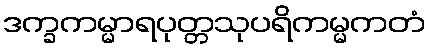
ဒက္ခကမ္မာရပုတ္တသုပရိကမ္မကတံ